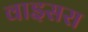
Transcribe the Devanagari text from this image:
वाइसरा